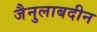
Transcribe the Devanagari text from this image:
जैनुलाबदीन